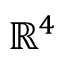
\mathbb { R } ^ { 4 }